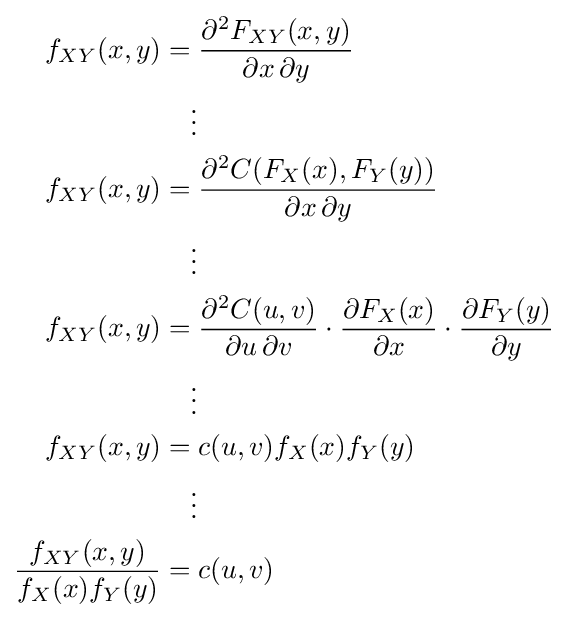
{\begin{alignedat}{6}f_{XY}(x,y)={}&{\partial ^{2}F_{XY}(x,y) \over \partial x\,\partial y}\\\vdots \\f_{XY}(x,y)={}&{\partial ^{2}C(F_{X}(x),F_{Y}(y)) \over \partial x\,\partial y}\\\vdots \\f_{XY}(x,y)={}&{\partial ^{2}C(u,v) \over \partial u\,\partial v}\cdot {\partial F_{X}(x) \over \partial x}\cdot {\partial F_{Y}(y) \over \partial y}\\\vdots \\f_{XY}(x,y)={}&c(u,v)f_{X}(x)f_{Y}(y)\\\vdots \\{\frac {f_{XY}(x,y)}{f_{X}(x)f_{Y}(y)}}={}&c(u,v)\end{alignedat}}